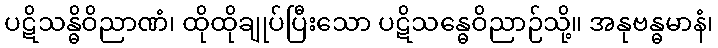
ပဋိသန္ဓိဝိညာဏံ၊ ထိုထိုချုပ်ပြီးသော ပဋိသန္ဓေဝိညာဉ်သို့။ အနုဗန္ဓမာနံ၊